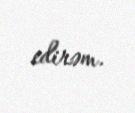
edirəm.